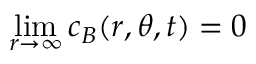
\operatorname* { l i m } _ { r \to \infty } c _ { B } ( r , \theta , t ) = 0